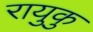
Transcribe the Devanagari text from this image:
रायुकु